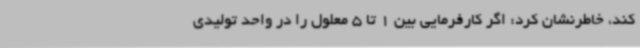
کند، خاطرنشان کرد: اگر کارفرمایی بین 1 تا 5 معلول را در واحد تولیدی